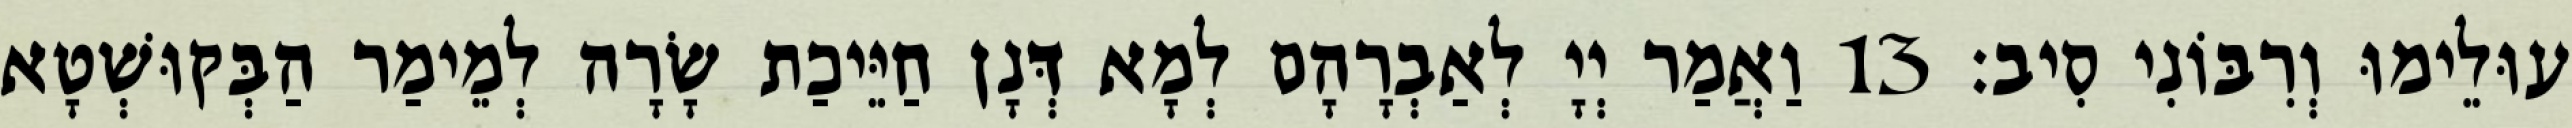
עוּלֵימוּ וְרִבּוֹנִי סִיב׃ 13 וַאֲמַר יְיָ לְאַבְרָהָם לְמָא דְּנָן חַיֵּיכַת שָׂרָה לְמֵימַר הַבְּקוּשְׁטָא